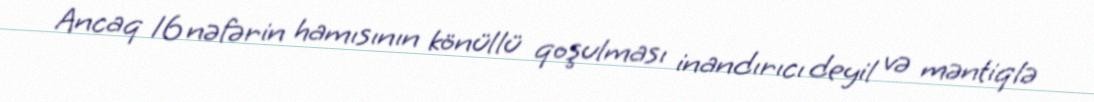
Ancaq 16 nəfərin hamısının könüllü qoşulması inandırıcı deyil və məntiqlə